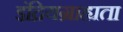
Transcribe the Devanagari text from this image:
इंद्रियग्राह्यता